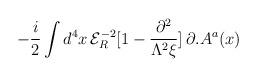
LaTeX: \begin{align*}-\frac{i}{2}\int d^{4}x\, {\mathcal{E}}_{R}^{-2}[1-\frac{\partial ^{2}}{\Lambda ^{2}\xi }]\, \partial .A^{a}(x)\end{align*}